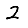
Digit: 2